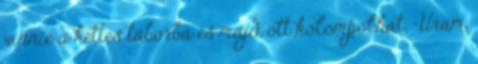
vinnie a kettes táborba és majd ott kolompolhat. -Uram,